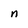
Character: n